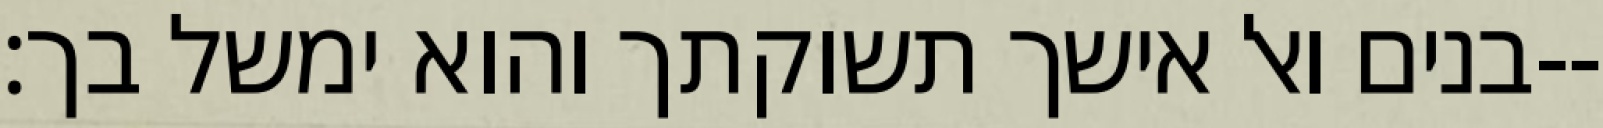
בנים ואל אישך תשוקתך והוא ימשל בך׃--